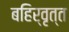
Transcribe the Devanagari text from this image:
बहिर्वृत्त